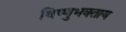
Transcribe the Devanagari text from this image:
विष्णुभक्ताय